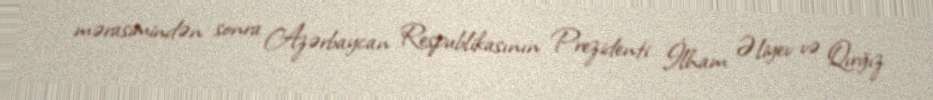
mərasimindən sonra Azərbaycan Respublikasının Prezidenti İlham Əliyev və Qırğız